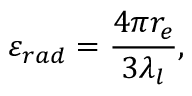
\varepsilon _ { r a d } = \frac { 4 \pi r _ { e } } { 3 \lambda _ { l } } ,